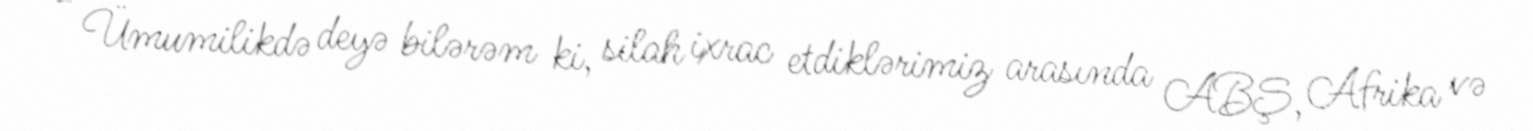
- Ümumilikdə deyə bilərəm ki, silah ixrac etdiklərimiz arasında ABŞ, Afrika və